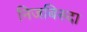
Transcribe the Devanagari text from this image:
निजबिरुदा